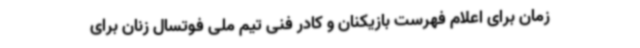
زمان برای اعلام فهرست بازیکنان و کادر فنی تیم ملی فوتسال زنان برای